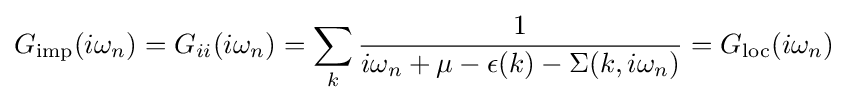
G_{\mathrm {imp} }(i\omega _{n})=G_{ii}(i\omega _{n})=\sum _{k}{\frac {1}{i\omega _{n}+\mu -\epsilon (k)-\Sigma (k,i\omega _{n})}}=G_{\mathrm {loc} }(i\omega _{n})